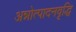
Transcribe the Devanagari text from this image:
अन्नोत्पादनवृद्धि